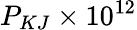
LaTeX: P_{KJ}\times 10^{12}